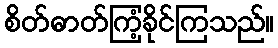
စိတ်ဓာတ်ကြံ့ခိုင်ကြသည်။